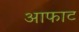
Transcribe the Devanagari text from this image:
आफाट